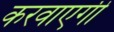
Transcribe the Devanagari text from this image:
करवाएगी